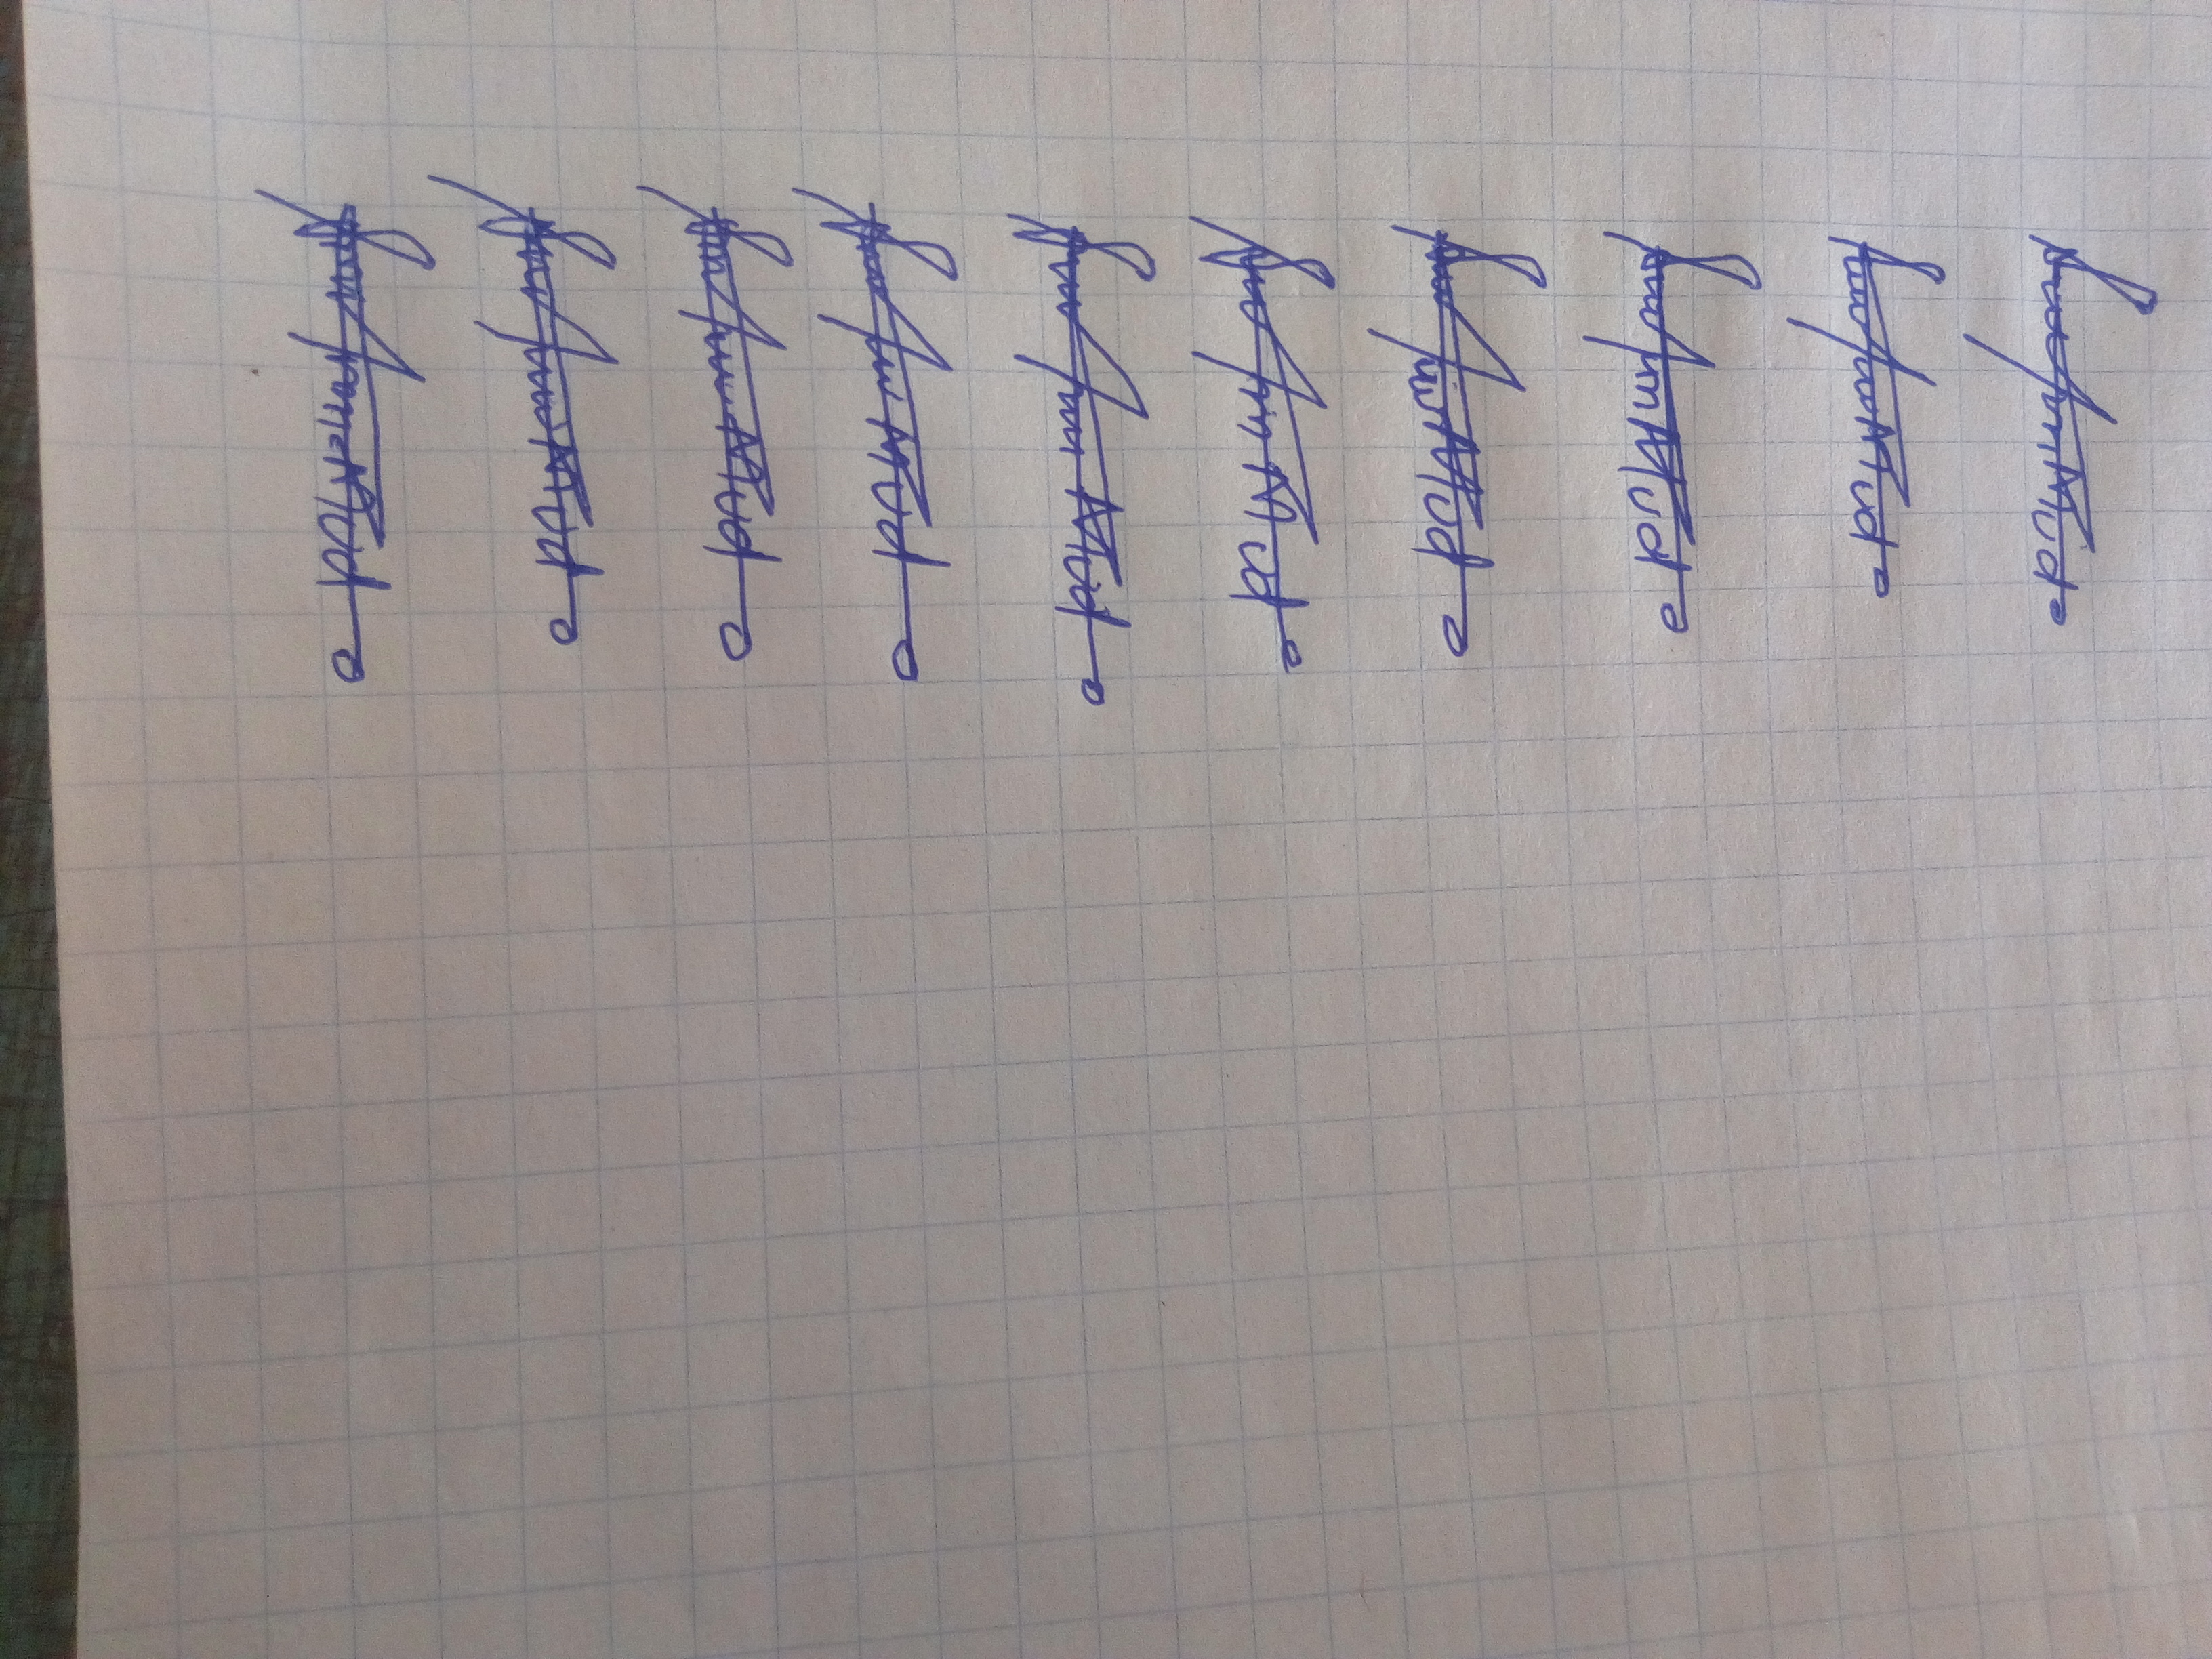
Signature authenticity: forged